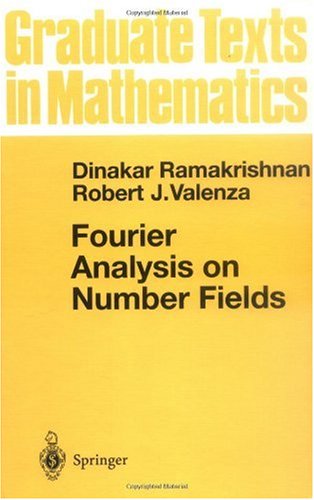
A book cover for Fourier Analysis on Number Fields (Graduate Texts in Mathematics) (v. 186); Dinakar Ramakrishnan; Science & Math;